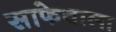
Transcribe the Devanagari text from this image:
साफेवाला